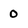
Character: 0